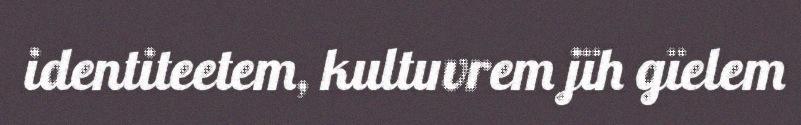
identiteetem, kultuvrem jïh gïelem